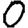
Digit: 0